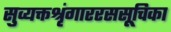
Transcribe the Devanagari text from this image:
सुव्यक्तश्रृंगाररससूचिका